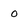
Character: O